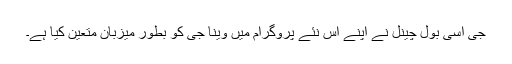
جی اسی بول چینل نے اپنے اس نئے پروگرام میں وینا جی کو بطور میزبان متعین کیا ہے۔